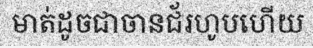
មាត់ដូចជាចានជ័រហូបហើយ